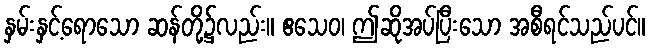
နှမ်းနှင့်ရောသော ဆန်တို့၌လည်း။ ဧသေဝ၊ ဤဆိုအပ်ပြီးသော အစီရင်သည်ပင်။